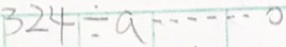
3 2 4 \div a \cdots 0